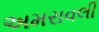
અમરાવલી